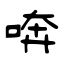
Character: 喯